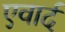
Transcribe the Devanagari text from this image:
एवार्द